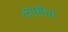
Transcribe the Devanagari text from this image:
लोधीचा